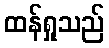
ထန်ရှုသည်